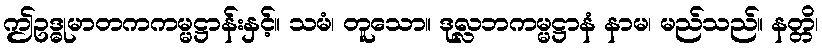
ဤဥဒ္ဓုမာတကကမ္မဋ္ဌာန်းနှင့်။ သမံ၊ တူသော။ ဒုလ္လဘကမ္မဋ္ဌာနံ နာမ၊ မည်သည်။ နတ္တိ၊